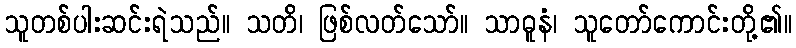
သူတစ်ပါးဆင်းရဲသည်။ သတိ၊ ဖြစ်လတ်သော်။ သာဓူနံ၊ သူတော်ကောင်းတို့၏။